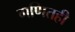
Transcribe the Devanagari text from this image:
गणितही